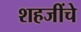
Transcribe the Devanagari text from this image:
शहजींचे